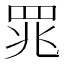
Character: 𫅄